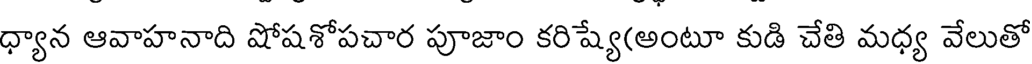
ధ్యాన ఆవాహనాది షోషశోపచార పూజాం కరిష్యే(అంటూ కుడి చేతి మధ్య వేలుతో